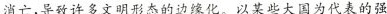
消亡，致件多文明形态的边缘化，以某些大国为代表的强